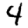
Digit: 4